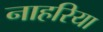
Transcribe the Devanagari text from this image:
नाहरिया